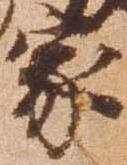
家